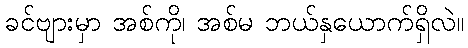
ခင်ဗျားမှာ အစ်ကို၊ အစ်မ ဘယ်နှယောက်ရှိလဲ။